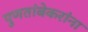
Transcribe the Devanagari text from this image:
पुणतांबेकरांना